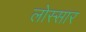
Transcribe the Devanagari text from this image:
लोस्सार